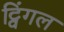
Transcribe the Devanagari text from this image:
ट्विंगल